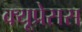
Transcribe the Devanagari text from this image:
क्यूप्रेसस